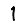
Digit: 1